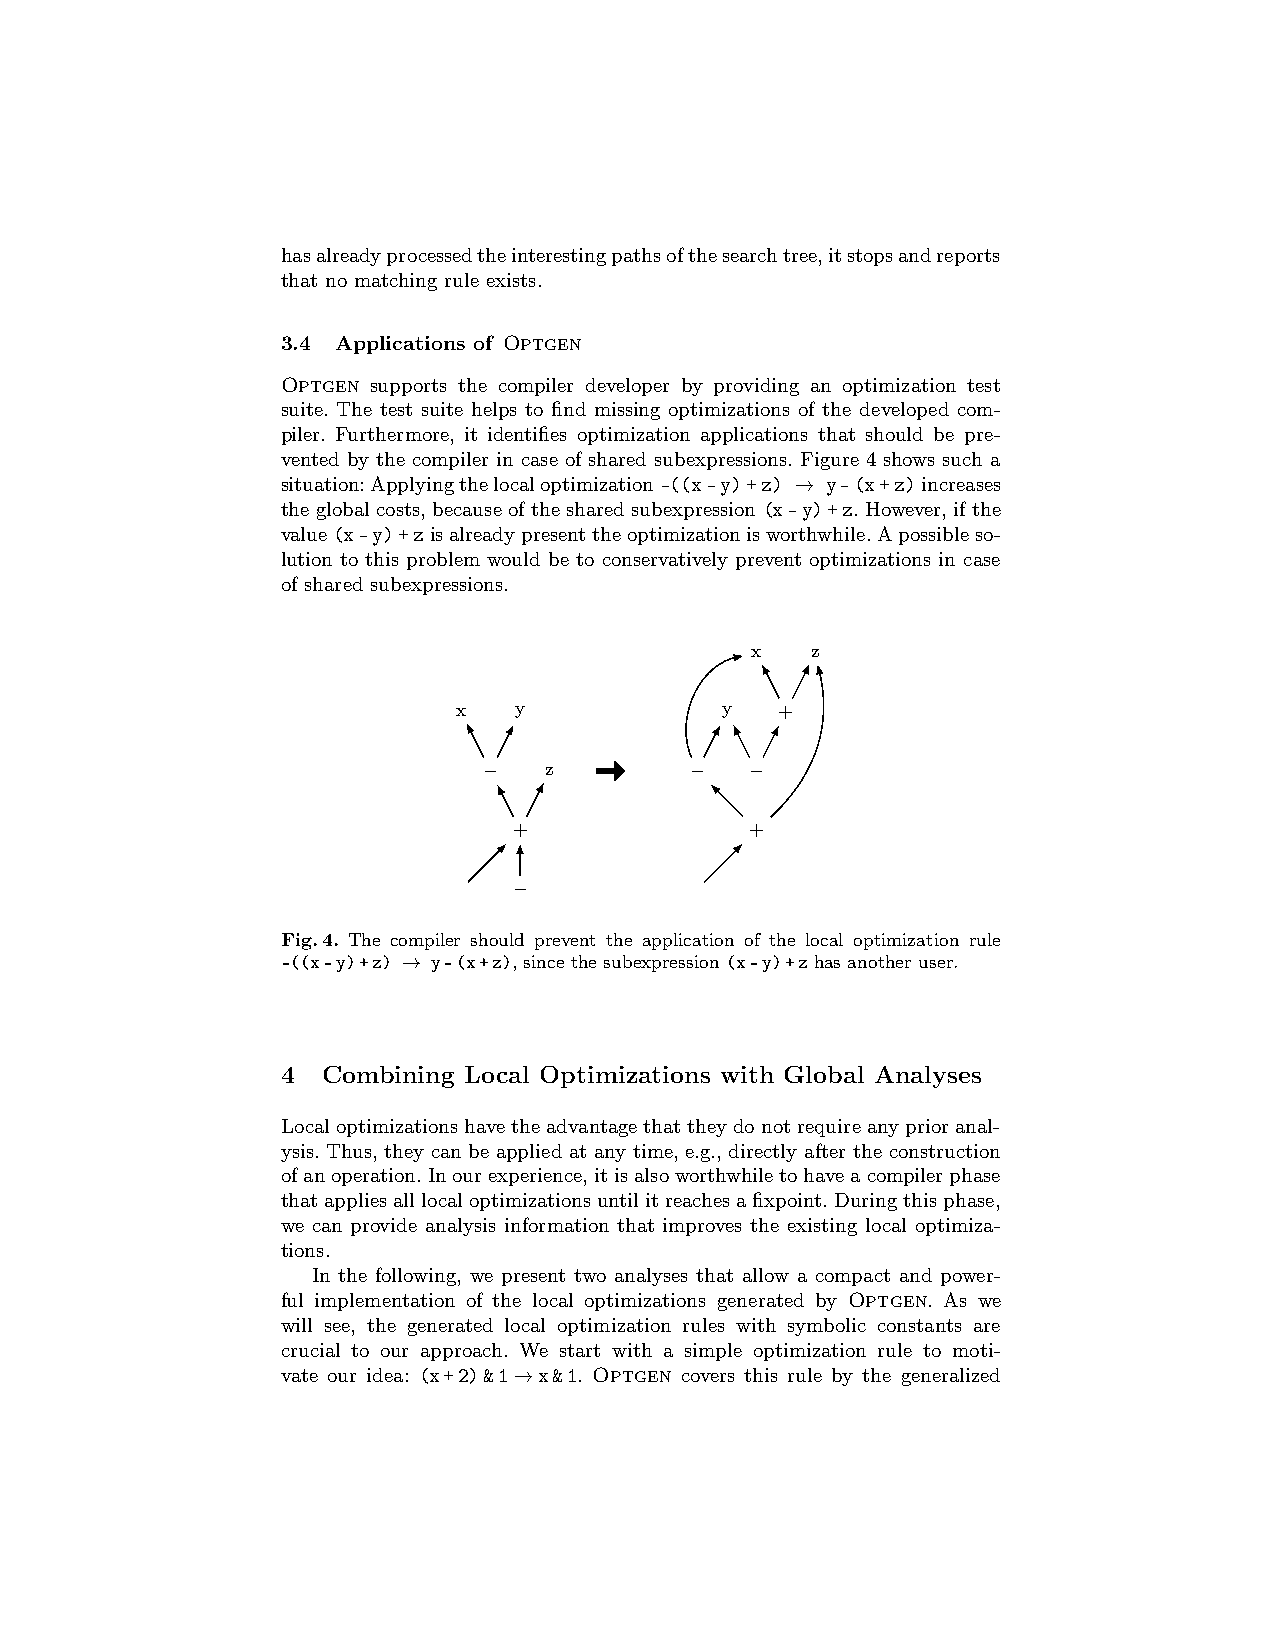
hasalreadyprocessedtheinterestingpathsofthesearchtree,itstopsandreports
 that no matching rule exists.
 3.4 Applications of Optgen
 Optgen supports the compiler developer by providing an optimization test
 suite. The test suite helps to find missing optimizations of the developed com-
 piler. Furthermore, it identifies optimization applications that should be pre-
 vented by the compiler in case of shared subexpressions. Figure 4 shows such a
 situation:Applyingthelocaloptimization-((x-y)+z) → y-(x+z)increases
 theglobalcosts,becauseofthesharedsubexpression(x-y)+z.However,ifthe
 value(x-y)+zisalreadypresenttheoptimizationisworthwhile.Apossibleso-
 lution to this problem would be to conservatively prevent optimizations in case
 of shared subexpressions.
 x   z
 x   y             y   +
 −   z         −   −
 +               +
 −
 Fig.4. The compiler should prevent the application of the local optimization rule
 -((x-y)+z) → y-(x+z), since the subexpression (x-y)+z has another user.
 4 Combining Local Optimizations with Global Analyses
 Localoptimizationshavetheadvantagethattheydonotrequireanyprioranal-
 ysis. Thus, they can be applied at any time, e.g., directly after the construction
 ofanoperation.Inourexperience,itisalsoworthwhiletohaveacompilerphase
 thatappliesalllocaloptimizationsuntilitreachesafixpoint.Duringthisphase,
 we can provide analysis information that improves the existing local optimiza-
 tions.
 In the following, we present two analyses that allow a compact and power-
 ful implementation of the local optimizations generated by Optgen. As we
 will see, the generated local optimization rules with symbolic constants are
 crucial to our approach. We start with a simple optimization rule to moti-
 vate our idea: (x+2)&1→x&1. Optgen covers this rule by the generalized